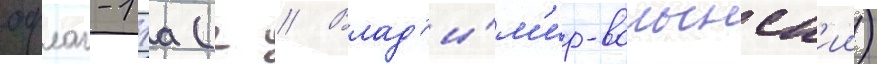
офлаг-11а (г // Влад'и́м'ир-волынск'ии)